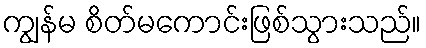
ကျွန်မ စိတ်မကောင်းဖြစ်သွားသည်။